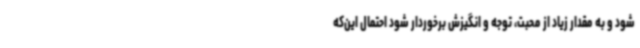
شود و به مقدار زیاد از محبت، توجه و انگیزش برخوردار شود احتمال این‌که